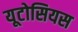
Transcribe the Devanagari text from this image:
यूटोसियस